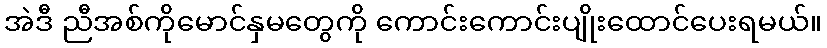
အဲဒီ ညီအစ်ကိုမောင်နှမတွေကို ကောင်းကောင်းပျိုးထောင်ပေးရမယ်။